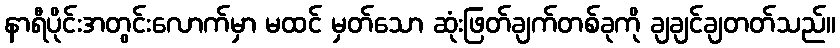
နာရီပိုင်းအတွင်းလောက်မှာ မထင် မှတ်သော ဆုံးဖြတ်ချက်တစ်ခုကို ချချင်ချတတ်သည်။